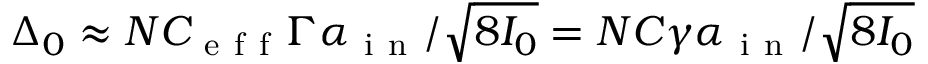
\Delta _ { 0 } \approx N C _ { \mathrm { ~ e ~ f ~ f ~ } } \Gamma \alpha _ { \mathrm { ~ i ~ n ~ } } / \sqrt { 8 I _ { 0 } } = N C \gamma \alpha _ { \mathrm { ~ i ~ n ~ } } / \sqrt { 8 I _ { 0 } }